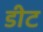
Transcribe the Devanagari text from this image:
डीट